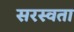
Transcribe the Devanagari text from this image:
सरस्वता